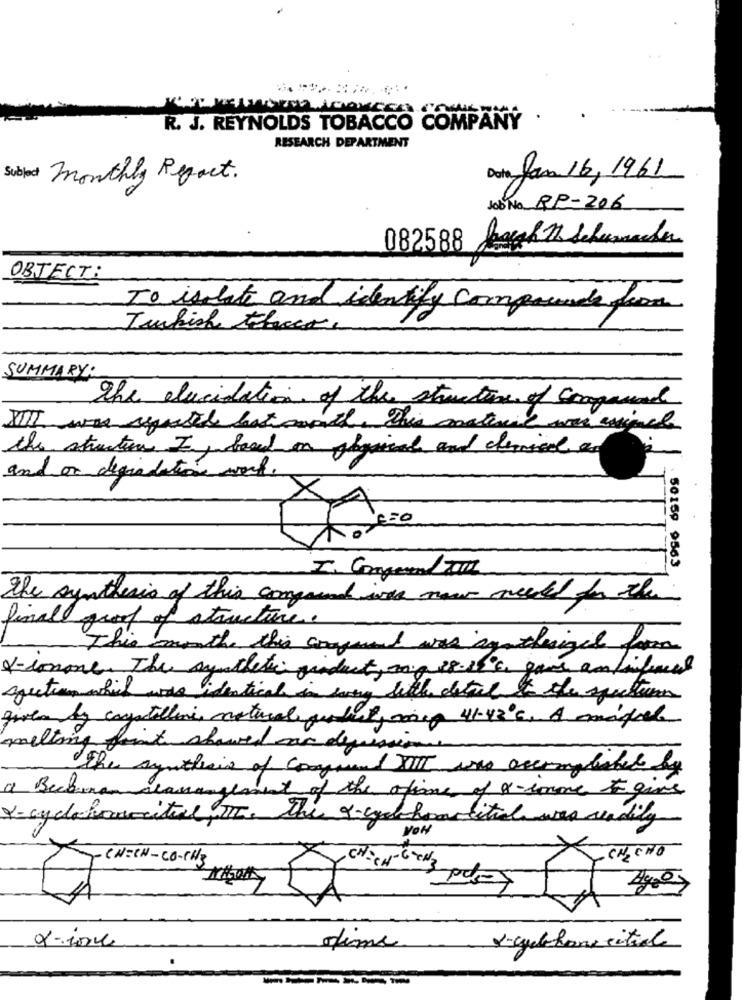
R. J. REYNOLDS TOBACCO COMPANY ·
RESEARCH DEPARTMENT
Subject monthly Report.
Data Jan 16, 1961
Job No RP-206
082588
OBJECT:
To isolate and identify comprends from
Turkish teleco
SUMMARY:
the elucidation of the structure of compound
IIIII was register bat month. This material was assigned
the structure I, board on physical and chemical a.
and on degradation work.
50159 9563
..
The synthesis of this comprend was now needed for the
final proof of structure.
This month this around was agathesigal farm
V-somone. The synthetic product, mp 38-10's game an finfacul
section which was identical in swing suche detail to the spectturn
givenby crystalline natural qu bit, nep 41-420℃. A miquel
melting point showed car decision
The synthesis of comprend IT was accomplished by
a Beckanon stamangement of the ations of x-somme & give
X-cyclohauccitil, THE. The a-cyclehomeitual was readily
NON
CHIEN-CO-CH3
- CHE CHO
CHECH-CH3 oder
x-ione
dime
v-celhone citiale
------